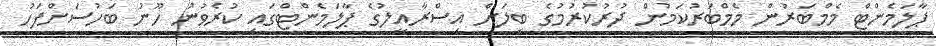
ޕާލަމެންޓް މެމްބަރުން މެމްބަރުކަމުން ދުރުކުރުމުގެ ބިލަށް އިސްރާއީލުގެ ޕާލަމެންޓްގައި ކުރެވުނު ހޫނު ބަހުސަށްފަހު